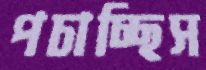
পচাচ্ছিস